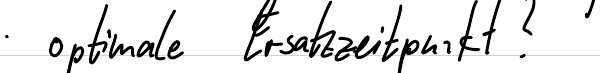
optimale Ersatzzeitpunkt?